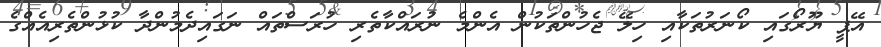
އޭޕީ ޔޫރޯގައި ކޯނަރުތަކާއި ހިލޭ ޖެހުންތަކުން އެންމެ ނުރައްކާތެރި ހުރަސްތައް ނަގައިދެމުންދާ ކުޅުންތެރިއެއްގެ